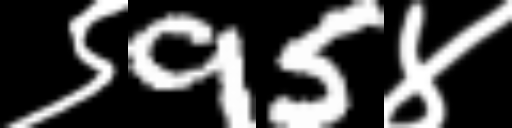
Text: ९95४